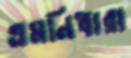
এমনিধারা